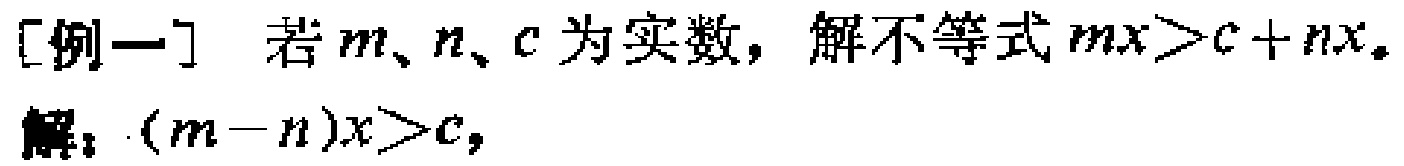
[例一] 若\(m\)、\(n\)、\(c\)为实数，解不等式\(mx>c + nx\)。

解：\((m - n)x>c\)，